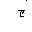
Letter: _gim